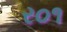
ર૦૧